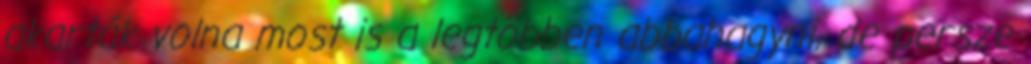
akarták volna most is a legtöbben abbahagyni, de persze